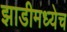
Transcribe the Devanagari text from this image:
झाडीमध्येच